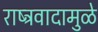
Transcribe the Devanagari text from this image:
राष्ट्रवादामुळे